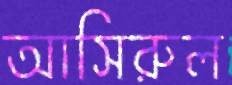
আসিরুল